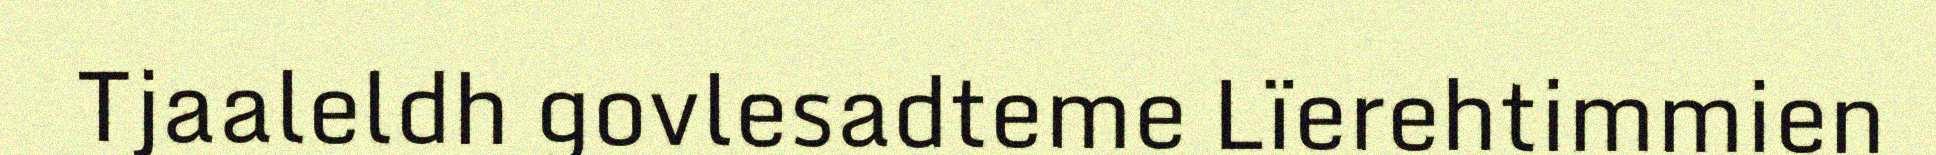
Tjaaleldh govlesadteme Lïerehtimmien